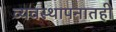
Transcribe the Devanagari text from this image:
व्यवस्थापनातही